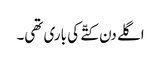
اگلے دن کتّے کی باری تھی۔